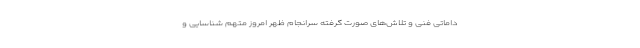
داماتی فنی و تلاش‌های صورت گرفته سرانجام ظهر امروز متهم شناسایی و